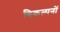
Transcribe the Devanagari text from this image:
विकल्पनों